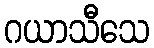
ဂယာသီသေ